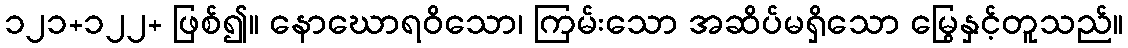
၁၂၁+၁၂၂+ ဖြစ်၍။ နောဃောရဝိသော၊ ကြမ်းသော အဆိပ်မရှိသော မြွေနှင့်တူသည်။